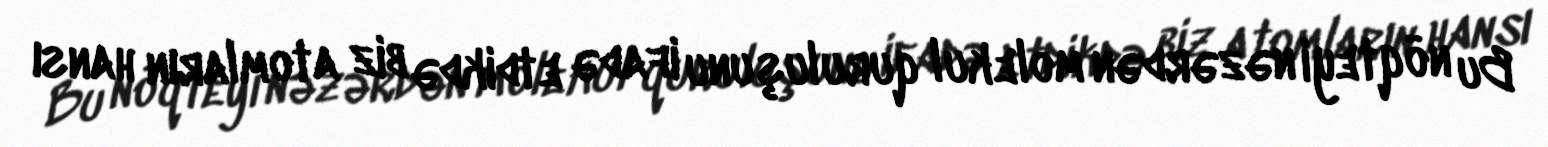
Bu nöqteyi nəzərdən molekul quruluşunu ifadə etdikdə biz atomların hansı